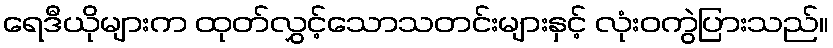
ရေဒီယိုများက ထုတ်လွှင့်သောသတင်းများနှင့် လုံးဝကွဲပြားသည်။